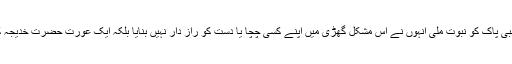
اس کے بعد جب نبی پاک کو نبوت ملی انہوں نے اس مشکل گھڑی میں اپنے کسی چچا یا دست کو راز دار نہیں بنایا بلکہ ایک عورت حضرت خدیجہ کو رازدار بنایا یہ۔